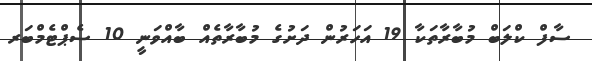
ސާފް ކްލަބް މުބާރާތަކާ 19 އަހަރުން ދަށުގެ މުބާރާތެއް ބާއްވަނީ 10 ސެޕްޓެމްބަރ